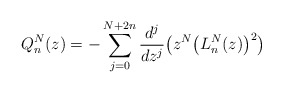
\begin{align*} Q_{n}^{N}(z)=-\sum_{j=0}^{N+2n}\frac{d^{j}}{dz^{j}}\big( z^{N}\big( L_{n}^{N}(z) \big) ^{2}\big) \end{align*}